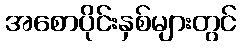
အစောပိုင်းနှစ်များတွင်